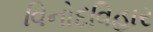
વિનોદવિહાર